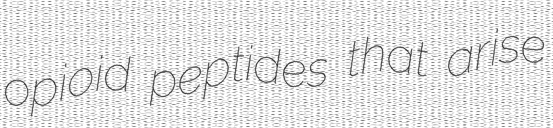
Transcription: opioid peptides that arise